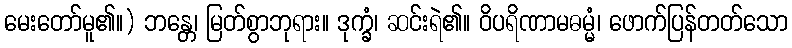
မေးတော်မူ၏။) ဘန္တေ၊ မြတ်စွာဘုရား။ ဒုက္ခံ၊ ဆင်းရဲ၏။ ဝိပရိဏာမဓမ္မံ၊ ဖောက်ပြန်တတ်သော